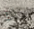
ذلك